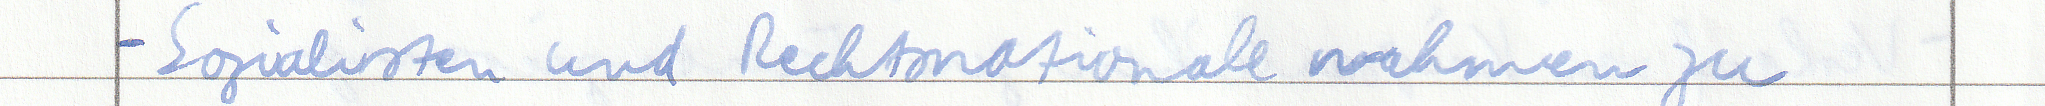
- Sozialisten und Rechtsnationale nahmen zu